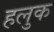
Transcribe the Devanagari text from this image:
हलुक